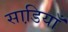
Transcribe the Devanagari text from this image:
साडि़याँ